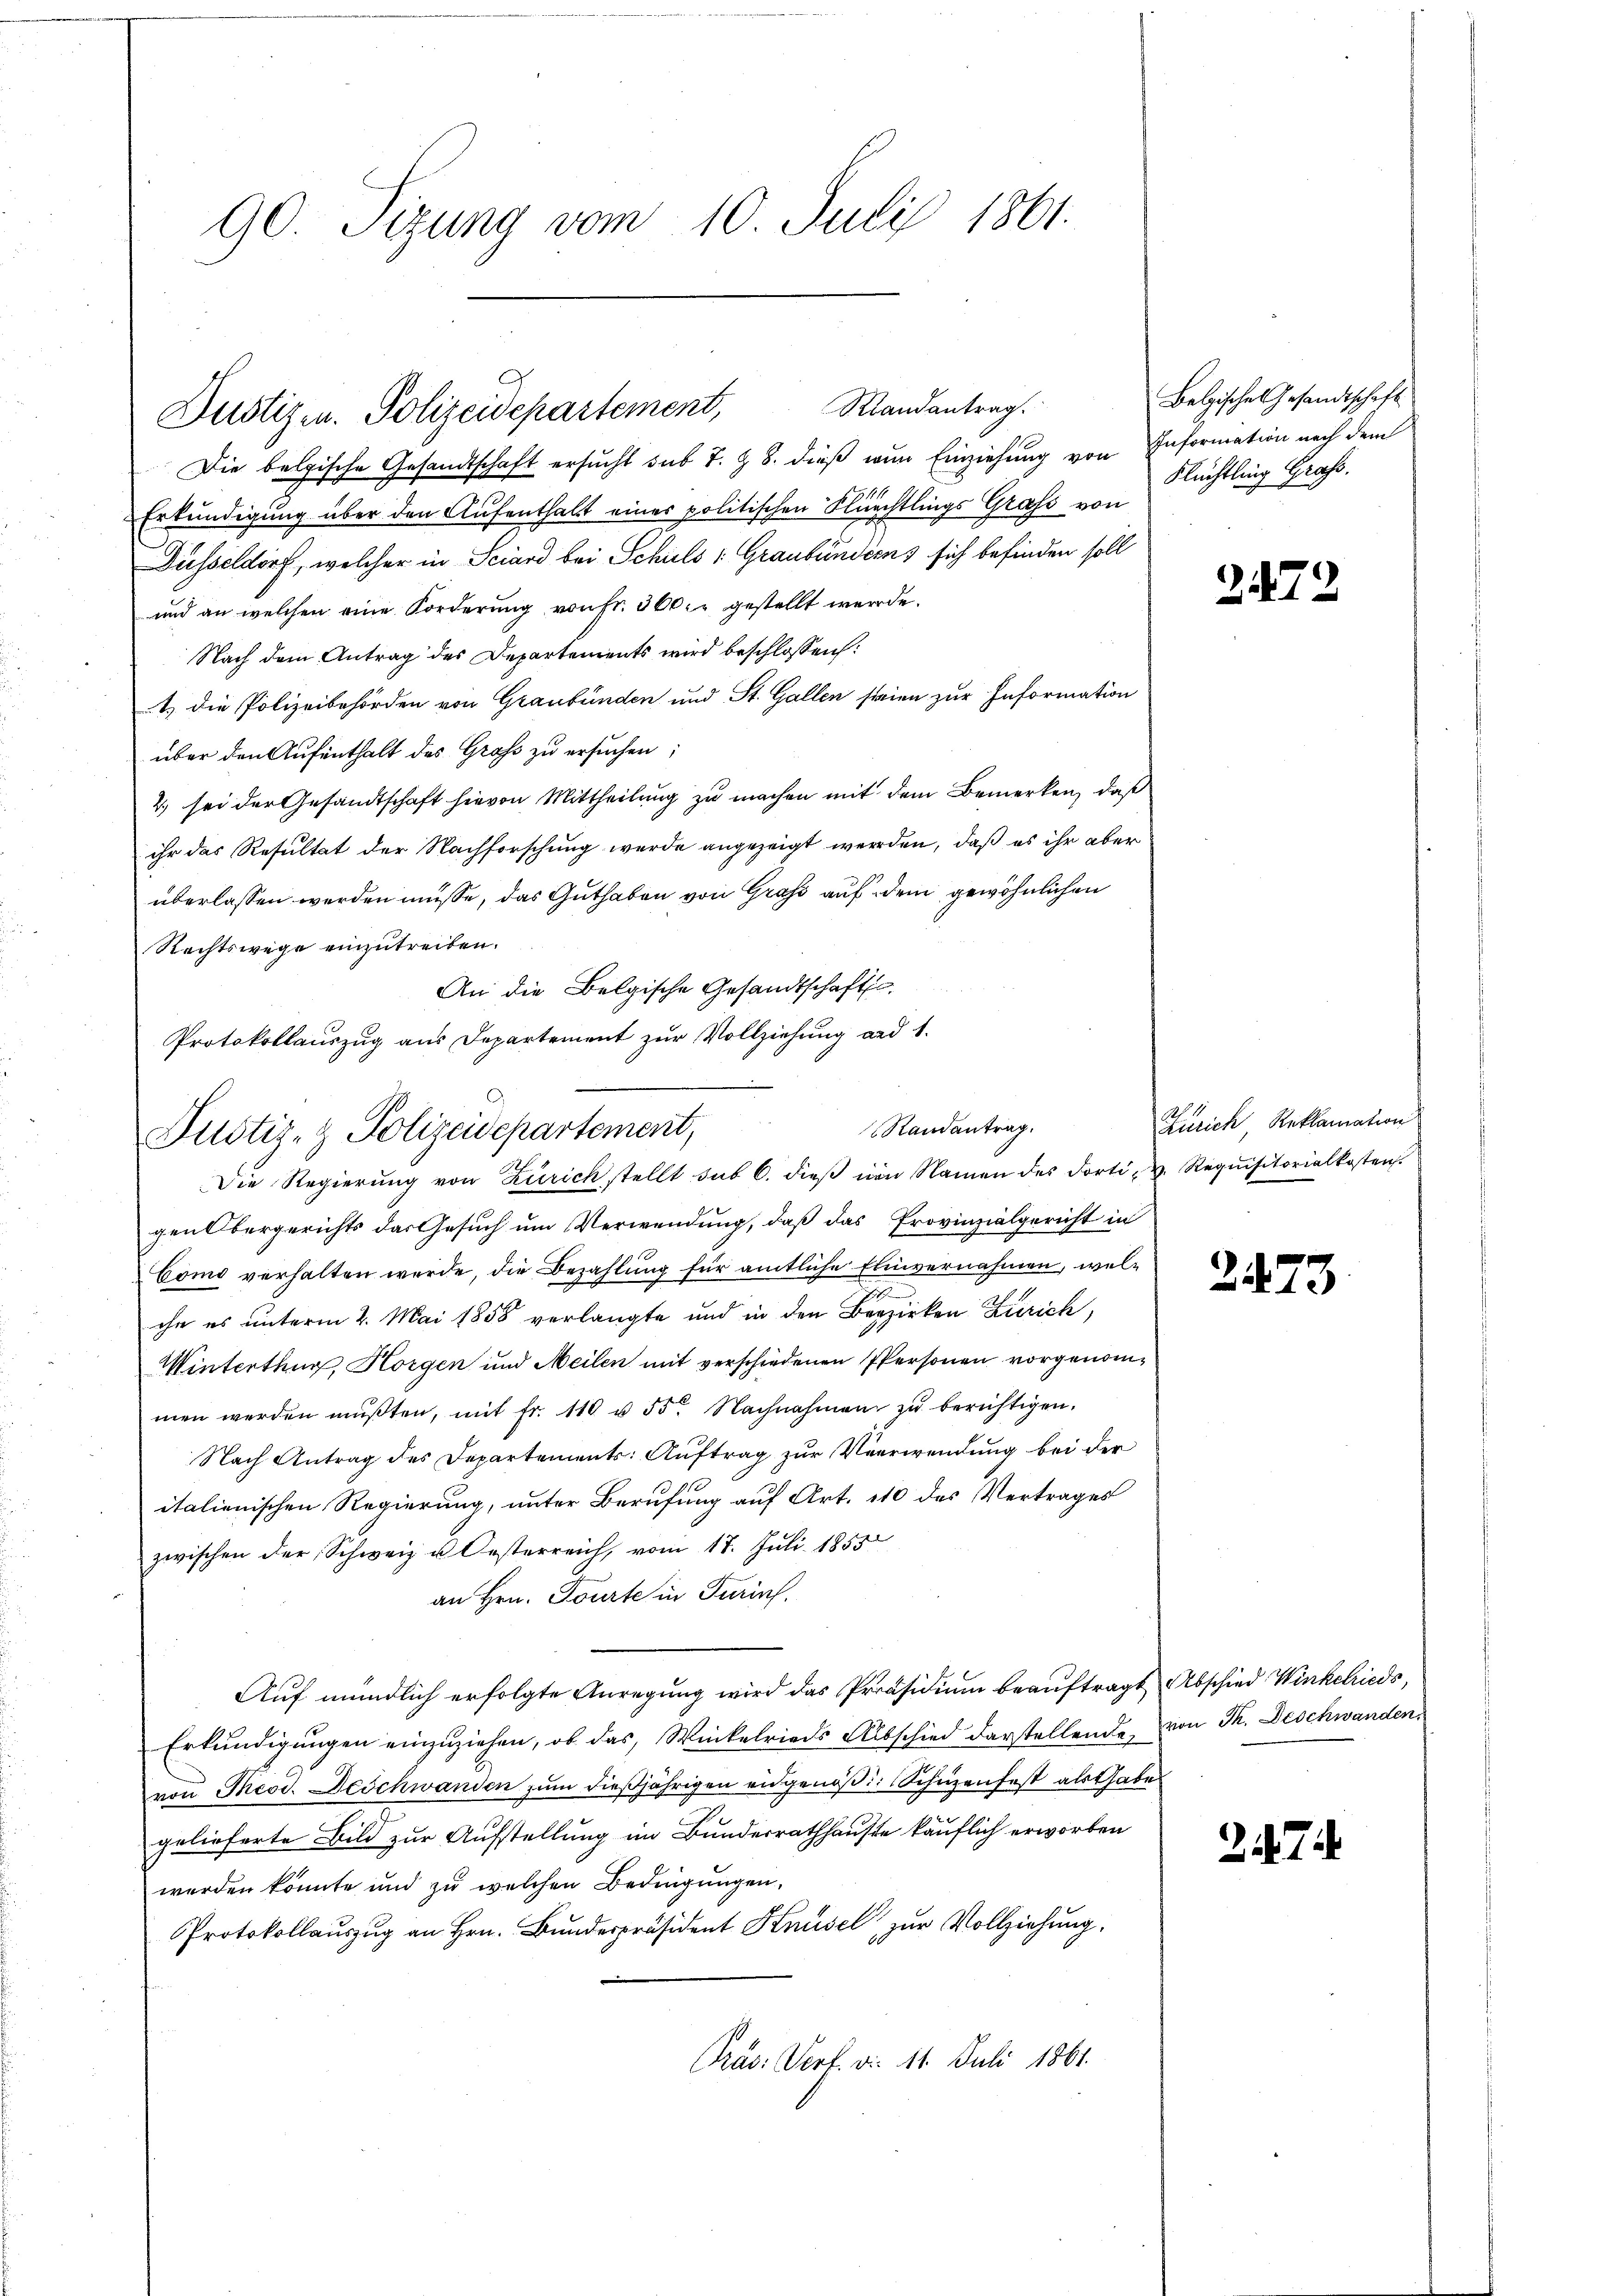
90. Sizung vom 10. Juli 1861.

Randantrag.
Justizen. Polizeidepartement,

Die belgische Gesandtschaft ersucht sub 7. § 8. dieß nur Einziehung von Information nach dem
Erkundigung über den Aufenthalt einer politischen Flüchtlings Grafs von
Düsseldorf, welcher in Sciard bei Schuls : Graubünderns sich befinden soll
und an welchen eine Forderung von Fr. 300 r gestellt werde.
Nach dem Antrag des Departements wird beschlossen:
1) die Polizeibehörden von Graubünden und St. Gallen steien zur Information
über den Aufenthalt des Gross zu ersuchen;
2. sei der Gesandtschaft hievon Mittheilung zu machen mit dem Bemerken, daß
ihr das Resultat der Nachforschung werde angezeigt werden, daß es ihr aber
überlassen werden müsse, das Guthaben von Graf auf dem gewöhnlichen
Rechtswege einzutreiten.
An die Belgische Gesandtschafts
Protokollauszug aus Departement zur Vollziehung ad 1.

Randantrag.
Justiz- & Polizeidepartement,
Die Regierŭng von Zürich stellt sub 6. dieβ von Namen des dorti u. Requisitorialkosten.

Belgische Gesandtschaft
Flüchtling Graf.

gen Obergerichts das Gesuch um Verwendung, daß das Provinzialgericht in
Como verhalten werde, die Bezahlung für amtliche Einvernahmen, welche es unterm 2. Mai 1858 verlangte und in den Bezirken Zürich,
Winterthur, Horgen und Meilen mit verschiedenen Personen vorgenommen werden mŭβten, mit fr. 110 u. 55. Nachnahmen zŭ berichtigen.
Nach Antrag des Departements: Auftrag zur Verwendung bei der
italienischen Regierung, unter Berufung auf Art. 110 des Vertrages
zwischen der Schweiz u. Oesterreich, vom 17. Juli 1855
an Hrn. Toute in Turins.
Auf mündlich erfolgte Anregung wird das Präsidium beauftragt Abschied Winkchieds,
Erkundigungen einzuziehen, ob das Winkelrieds Abschied darstellende von Th. Deschwanden,
von Theod. Beschwanden zŭm dießjährigen eidgenößig Schüzenfest als Gabe
gelieferte Bild zur Aufstellung im Bundesrathhauste käuflich erworben
werden könnte und zŭ welchen Bedingŭngen,
Protokollauszug an Hrn. Bunderpräsident Knüsel zur Vollziehung.
Präs. Verf. d. 11. Juli 1861.

2

2

2

Zürich Reklamation

3

27